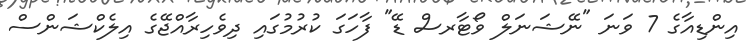
އިންޑިއާގެ 7 ވަނަ "ނޭޝަނަލް ވޯޓާރސް ޑޭ" ފާހަގަ ކުރުމުގައި ދިވެހިރާއްޖޭގެ އިލެކްޝަންސް